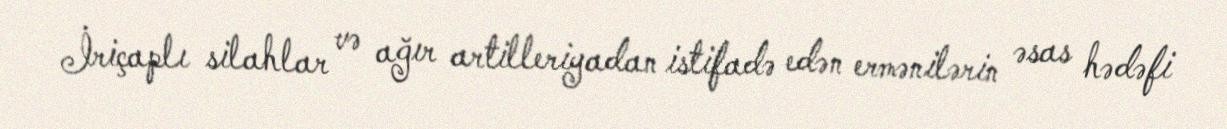
İriçaplı silahlar və ağır artilleriyadan istifadə edən ermənilərin əsas hədəfi